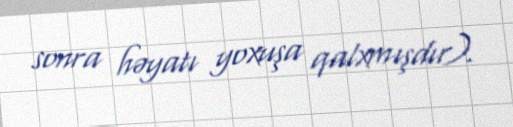
sonra həyatı yoxuşa qalxmışdır).